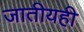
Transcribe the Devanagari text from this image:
जातीयही